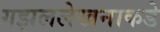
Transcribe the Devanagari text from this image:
गझललेखनाकडे